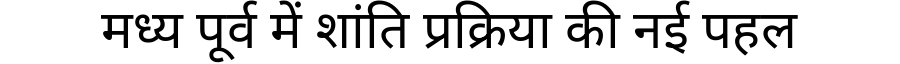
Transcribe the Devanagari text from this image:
मध्य पूर्व में शांति प्रक्रिया की नई पहल